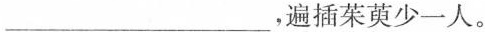
___，遍插茱萸少一人。